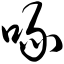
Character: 喙